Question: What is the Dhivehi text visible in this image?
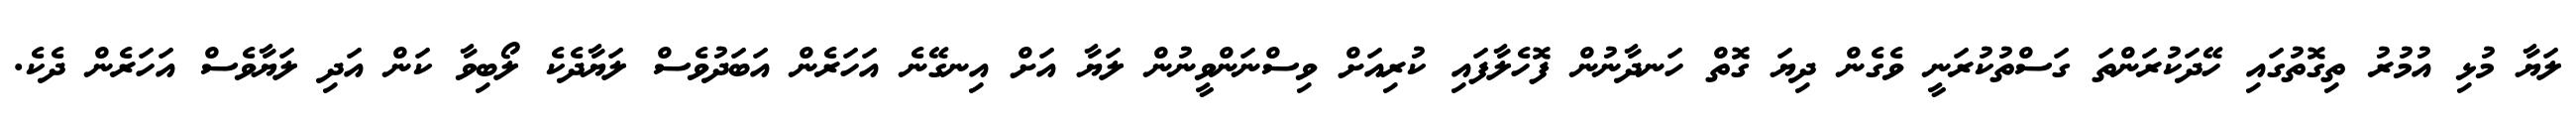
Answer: ލަޔާ މުޅި އުމުރު ތިގޮތުގައި ހޭދަކުރަންތަ ގަސްތުކުރަނީ ވެގެން ދިޔަ ގޮތް ހަނދާނުން ފޮހެލާފައި ކުރިއަށް ވިސްނަންވީނުން ލަޔާ އަށް އިނގޭނެ އަހަރެން އަބަދުވެސް ލަޔާދެކެ ލޯބިވާ ކަން އަދި ލަޔާވެސް އަހަރެން ދެކެ.